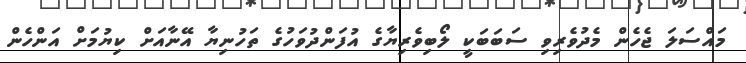
މައްސަލަ ޖެހެން މެދުވެރިވި ސަބަބަކީ ލޯބިވެރިޔާގެ އުފަންދުވަހުގެ ތަހުނިޔާ އޭނާއަށް ކިޔުމަށް އަންހެން